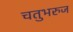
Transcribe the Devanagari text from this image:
चतुभरुज